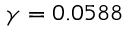
\gamma = 0 . 0 5 8 8